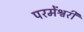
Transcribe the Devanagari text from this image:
परमेंश्वरी